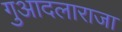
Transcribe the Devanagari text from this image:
गुआदलाराजा